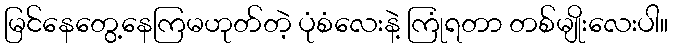
မြင်နေတွေ့နေကြမဟုတ်တဲ့ ပုံစံလေးနဲ့ ကြုံရတာ တစ်မျိုးလေးပါ။